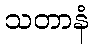
သတာနံ